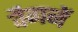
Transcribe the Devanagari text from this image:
वैगनें